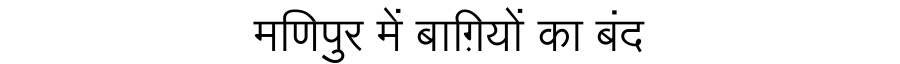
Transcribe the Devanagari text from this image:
मणिपुर में बाग़ियों का बंद